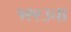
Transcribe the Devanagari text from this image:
१९९३चा